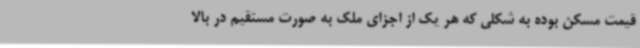
قیمت مسکن بوده به شکلی که هر یک از اجزای ملک به صورت مستقیم در بالا